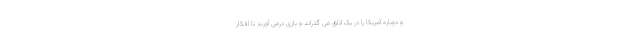
و دوباره آمریکا را در یک اتاق می گذراند و بازی درمی آورند تا افکار